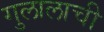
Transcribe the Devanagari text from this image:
गुलालाची